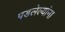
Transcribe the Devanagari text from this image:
पडलेल्यांना